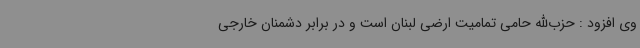
وی افزود : حزب‌الله حامی تمامیت ارضی لبنان است و در برابر دشمنان خارجی